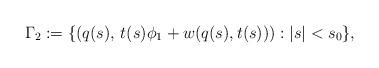
LaTeX: \begin{align*}\Gamma_{2}:=\{(q(s),\,t(s)\phi_{1}+w(q(s),t(s))):|s|<s_{0}\},\end{align*}